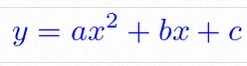
y=ax^2+bx+c